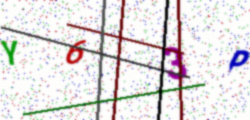
Text: Y63P